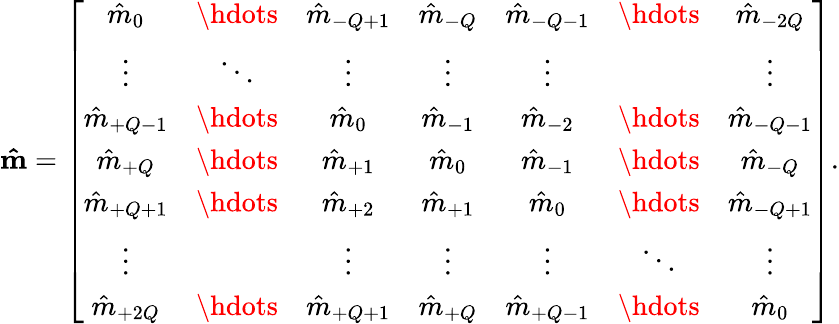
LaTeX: \mathbf{\hat{m}}=\left[\begin{array}{ccccccc}{\hat{m}_{0}}&{\hdots}&{\hat{m}_{-Q+1}}&{\hat{m}_{-Q}}&{\hat{m}_{-Q-1}}&{\hdots}&{\hat{m}_{-2Q}}\\ {\vdots}&{\ddots}&{\vdots}&{\vdots}&{\vdots}&{}&{\vdots}\\ {\hat{m}_{+Q-1}}&{\hdots}&{\hat{m}_{0}}&{\hat{m}_{-1}}&{\hat{m}_{-2}}&{\hdots}&{\hat{m}_{-Q-1}}\\ {\hat{m}_{+Q}}&{\hdots}&{\hat{m}_{+1}}&{\hat{m}_{0}}&{\hat{m}_{-1}}&{\hdots}&{\hat{m}_{-Q}}\\ {\hat{m}_{+Q+1}}&{\hdots}&{\hat{m}_{+2}}&{\hat{m}_{+1}}&{\hat{m}_{0}}&{\hdots}&{\hat{m}_{-Q+1}}\\ {\vdots}&{}&{\vdots}&{\vdots}&{\vdots}&{\ddots}&{\vdots}\\ {\hat{m}_{+2Q}}&{\hdots}&{\hat{m}_{+Q+1}}&{\hat{m}_{+Q}}&{\hat{m}_{+Q-1}}&{\hdots}&{\hat{m}_{0}}\end{array}\right].